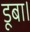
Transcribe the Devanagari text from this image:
डूबा।